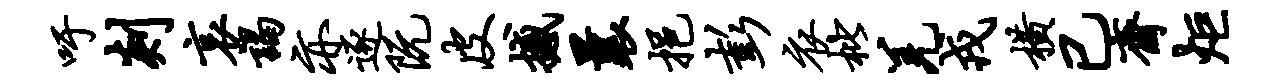
吁剡哀谒亦逐阮皮撼曩挹彭衣枇羌戎横已斋炬